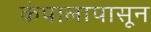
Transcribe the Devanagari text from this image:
कंपालापासून